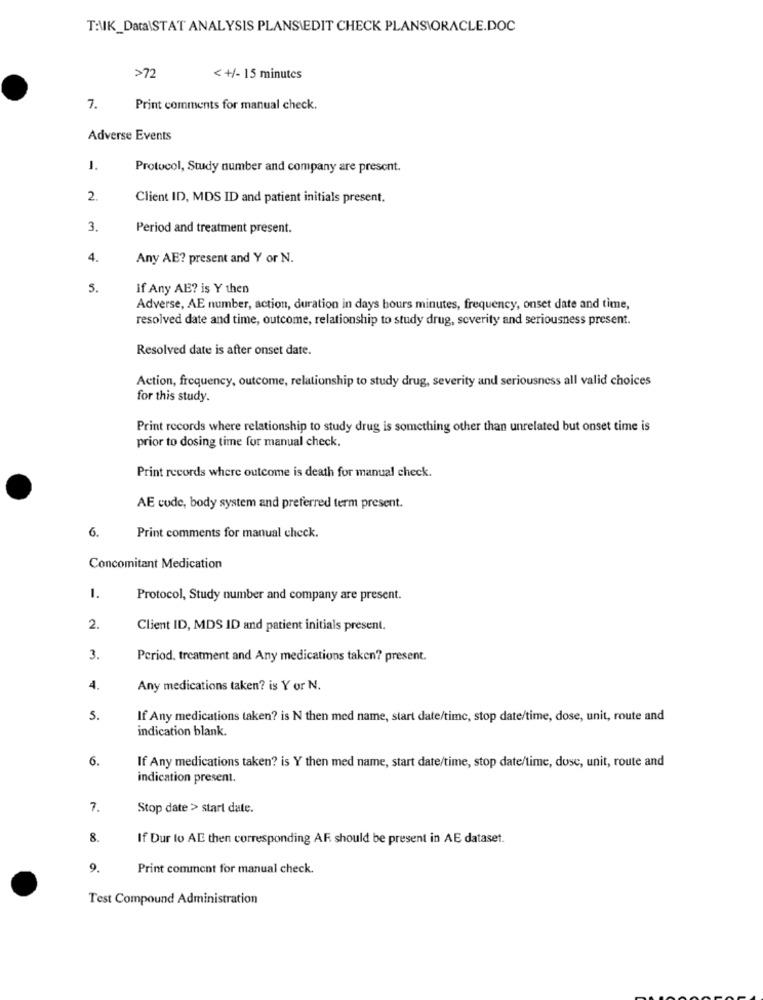
T:\K_Data\STAT ANALYSIS PLANSIEDIT CHECK PLANSIORACLE.DOC
>72
< +/- 15 minutes
7.
Print comments for manual check.
Adverse Events
J.
Protocol, Study number and company are present.
2.
Client ID, MDS ID and patient initials present.
3.
Period and treatment present.
4.
Any AE? present and Y or N.
5.
If Any AE? is Y then
Adverse, AE number, action, duration in days bours minutes, frequency, onset date and time,
resolved date and time, outcome, relationship to study drug, severity and seriousness present.
Resolved date is after onset date.
Action, frequency, outcome, relationship to study drug, severity and seriousness all valid choices
for this study.
Print records where relationship to study drug is something other than unrelated but onset time is
prior to dosing time for manual check.
Print records where outcome is death for manual check.
AE code, body system and preferred term present.
6.
Print comments for manual check.
Concomitant Medication
1.
Protocol, Study number and company are present.
2.
Client ID, MDS ID and patient initials present.
3.
Period. treatment and Any medications taken? present.
4.
Any medications taken? is Y or N.
5.
If Any medications taken? is N then med name, start date/time, stop date/time, dose, unit, route and
indication blank.
6.
If Any medications taken? is Y then med name, start date/time, stop date/time, dosc, unit, route and
indication present.
7.
Stop date > start date.
8.
If Dur to AL then corresponding AF. should be present in AE dataset.
9.
Print comment for manual check.
Test Compound Administration